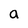
Character: a